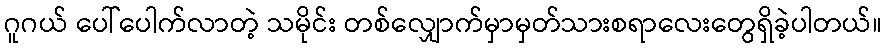
ဂူဂယ် ပေါ်ပေါက်လာတဲ့ သမိုင်း တစ်လျှောက်မှာမှတ်သားစရာလေးတွေရှိခဲ့ပါတယ်။